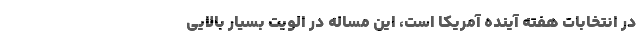
در انتخابات هفته آینده آمریکا است، این مساله در الویت بسیار بالایی